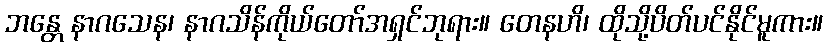
ဘန္တေ နာဂသေန၊ နာဂသိန်ကိုယ်တော်အရှင်ဘုရား။ တေနဟိ၊ ထိုသို့ပိတ်ပင်နိုင်မူကား။